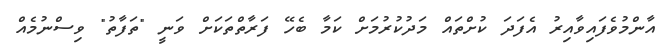
އާންމުވެފައިވާއިރު އެފަދަ ކުށްތައް މަދުކުރުމަށް ކަމާ ބެހޭ ފަރާތްތަކަށް ވަނީ "ތަފާތު" ވިސްނުމެއް